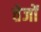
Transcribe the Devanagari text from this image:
तेजों